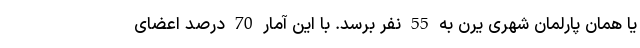
یا همان پارلمان شهری یرن به 55 نفر برسد. با این آمار 70 درصد اعضای